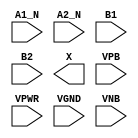
module sky130_fd_sc_hd__a2bb2o (
    //# {{data|Data Signals}}
    input  A1_N,
    input  A2_N,
    input  B1  ,
    input  B2  ,
    output X   ,

    //# {{power|Power}}
    input  VPB ,
    input  VPWR,
    input  VGND,
    input  VNB
);
endmodule